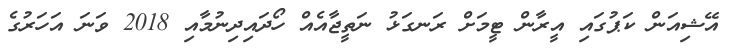
އޭޝިއަން ކަޕުގައި އީރާން ޓީމަށް ރަނގަޅު ނަތީޖާއެއް ހޯދައިދިނުމާއި 2018 ވަނަ އަހަރުގެ